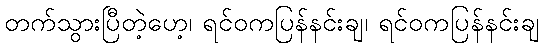
တက်သွားပြီတဲ့ဟေ့၊ ရင်ဝကပြန်နင်းချ၊ ရင်ဝကပြန်နင်းချ